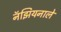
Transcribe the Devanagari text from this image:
नॅझियनाले